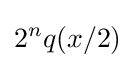
2^{n}q(x/2)